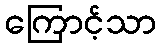
ကြောင့်သာ